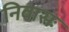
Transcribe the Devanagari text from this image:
निवासः